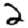
Digit: 2